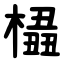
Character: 橻